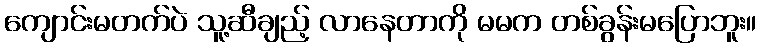
ကျောင်းမတက်ပဲ သူ့ဆီချည့် လာနေတာကို မမက တစ်ခွန်းမပြောဘူး။